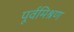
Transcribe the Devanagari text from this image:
पूर्वमिश्रण